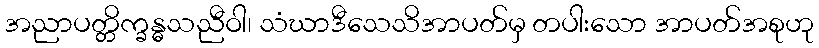
အညာပတ္တိက္ခန္ဓသညီဝါ၊ သံဃာဒီသေသိအာပတ်မှ တပါးသော အာပတ်အစုဟု